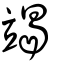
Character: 竭